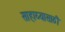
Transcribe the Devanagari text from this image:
साहाय्यासाठी